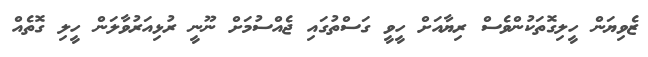
ޒެވިޔަން ހީލިގޮތަކުންވެސް ރިޔާއަށް ހީވީ ގަސްތުގައި ޖެއްސުމަށް ނޫނީ ރުޅިއަރުވާލަން ހީލި ގޮތެއް